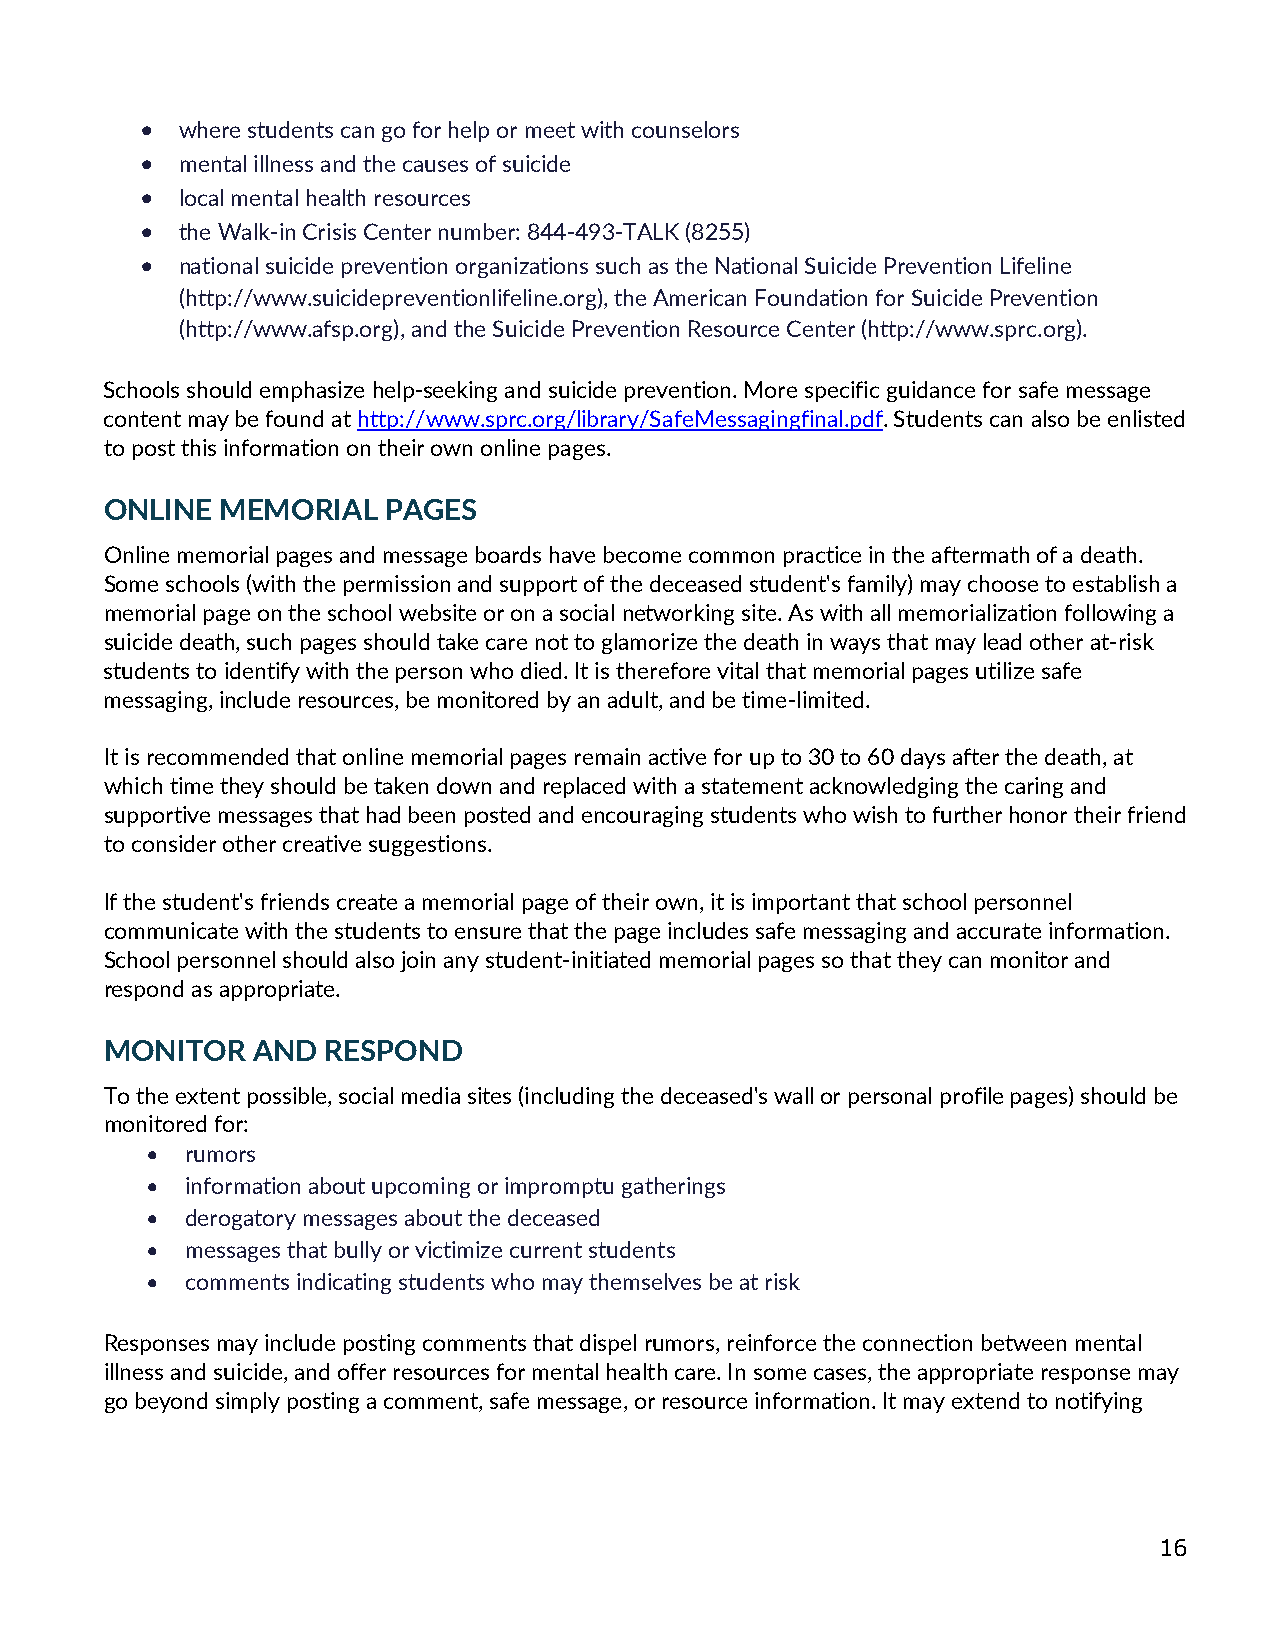
•  where students can go for help or meet with counselors
 •  mental illness and the causes of suicide
 •  local mental health resources
 •  the Walk-in Crisis Center number: 844-493-TALK (8255)
 •  national suicide prevention organizations such as the National Suicide Prevention Lifeline
 (http://www.suicidepreventionlifeline.org), the American Foundation for Suicide Prevention
 (http://www.afsp.org), and the Suicide Prevention Resource Center (http://www.sprc.org).
 Schools should emphasize help-seeking and suicide prevention. More specific guidance for safe message
 content may be found at http://www.sprc.org/library/SafeMessagingfinal.pdf. Students can also be enlisted
 to post this information on their own online pages.
 ONLINE  MEMORIAL  PAGES
 Online memorial pages and message boards have become common practice in the aftermath of a death.
 Some schools (with the permission and support of the deceased student's family) may choose to establish a
 memorial page on the school website or on a social networking site. As with all memorialization following a
 suicide death, such pages should take care not to glamorize the death in ways that may lead other at-risk
 students to identify with the person who died. It is therefore vital that memorial pages utilize safe
 messaging, include resources, be monitored by an adult, and be time-limited.
 It is recommended that online memorial pages remain active for up to 30 to 60 days after the death, at
 which time they should be taken down and replaced with a statement acknowledging the caring and
 supportive messages that had been posted and encouraging students who wish to further honor their friend
 to consider other creative suggestions.
 If the student's friends create a memorial page of their own, it is important that school personnel
 communicate with the students to ensure that the page includes safe messaging and accurate information.
 School personnel should also join any student-initiated memorial pages so that they can monitor and
 respond as appropriate.
 MONITOR   AND  RESPOND
 To the extent possible, social media sites (including the deceased's wall or personal profile pages) should be
 monitored for:
 • rumors
 • information about upcoming or impromptu gatherings
 • derogatory messages about the deceased
 • messages that bully or victimize current students
 • comments indicating students who may themselves be at risk
 Responses may include posting comments that dispel rumors, reinforce the connection between mental
 illness and suicide, and offer resources for mental health care. In some cases, the appropriate response may
 go beyond simply posting a comment, safe message, or resource information. It may extend to notifying
 16